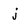
Character: j